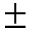
\pm